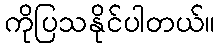
ကိုပြသနိုင်ပါတယ်။